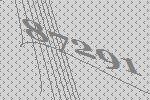
87291